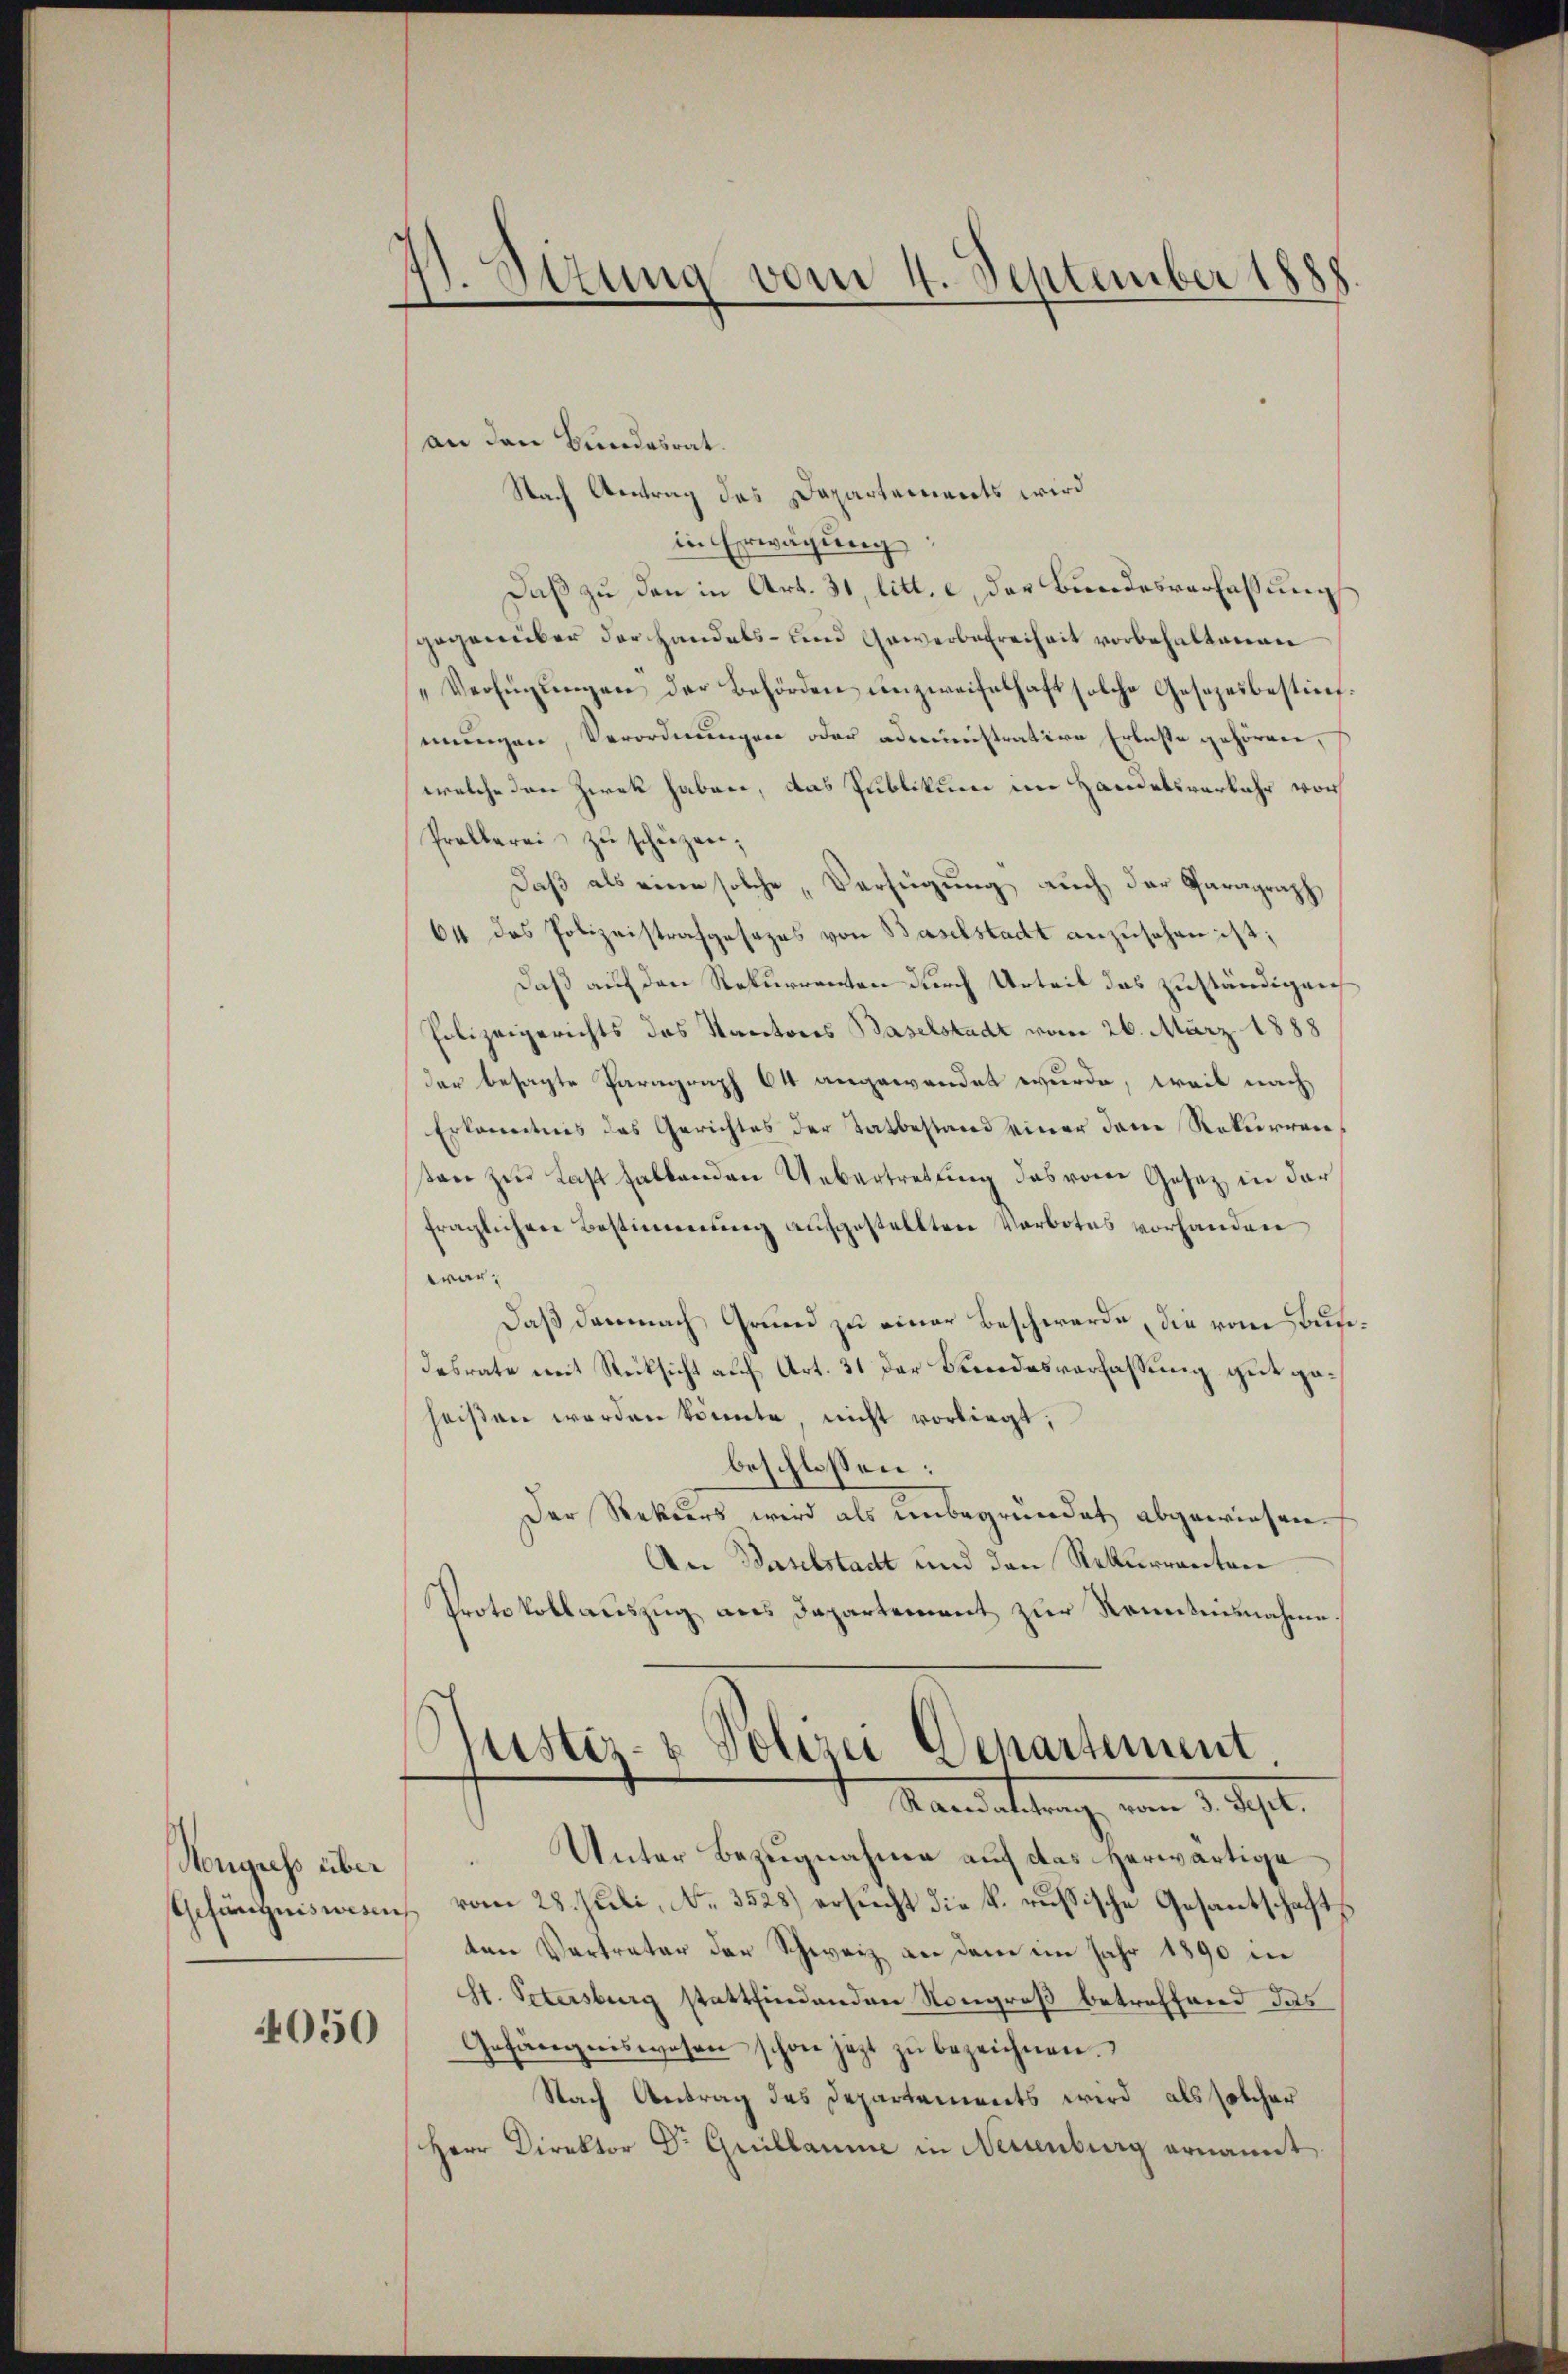
Nongress über

4050

. Sizung vom 4. September 1888.

(an den Bundesrat.
Nach Vertrag des Dapartariants wird
in Erwägung
Daß zu den in Art. 31, litt. c. der Bundesverfaßung
gegenüber der Handels- und Gewerbefreiheit vorbehaltenen
"Verfügŭngen der Behörden unzweifelhaft solche Gesezesbestifmungen, Verordnungen oder administrative Erlaste gehören,
welche den Zwek haben, das Publikum im Handelsverkehr vor
Pralberei zŭ schüzen;
Daß als eine solche „Verfügung auch der Paragraph
64 das Polizeistrafgesezes von Baselstadt anzusehen ist;
Daß auf den Rekurrenten durch Urteil das zuständigen
Polizeigerichts des Kantons Baselstadt vom 26. März 1888
der besagte Paragraph 64 angewendet wurde, weil nach
Erkanntnis des Gerichtes der Tatbestand einer dem Rekurrentan zur Last fallenden Uebertretung das vom Gesetz in der
fraglichen Bestimmung aufgestellten Verbotes vorhanden
war¬
Daß demnach Grund zu einer Beschwerde, die vom Bus
Iesrate mit Rücksicht auf Art. 31 der Bandesverfassung gut geheißen werden könnte nicht vorliegt,
beschlossen:
Der Rekurs wird als unbegründet abgewiesen.
An Baselstadt und den Rekurranten
Protokollauszug aus Departement zur Renntnisnahme.
Rustiz- & Polizei Departement.
Mandattung vom 1. 2.
Unter Bezugnahme auf das herwärtige
Gefängnissens vom 28. Juli, No. 3528) ersucht die k. russische Gesantschaftsten Vertreter der Schweiz an dem im Jahr 1890 in
St. Petersburg stattfindenden Kongreß betreffend das
Gefängniswesen schon jetzt zŭ bezeichnen.
Nach Antrag des Departements wird als solcher
Herr Direktor Dr. Grillaume in Neuenburg ernannt